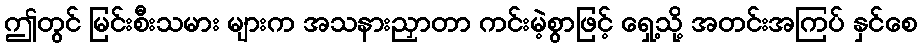
ဤတွင် မြင်းစီးသမား များက အသနားညှာတာ ကင်းမဲ့စွာဖြင့် ရှေ့သို့ အတင်းအကြပ် နှင်စေ